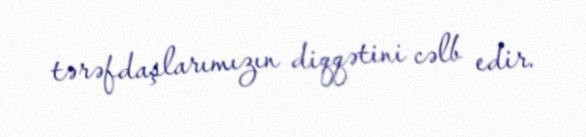
tərəfdaşlarımızın diqqətini cəlb edir.